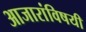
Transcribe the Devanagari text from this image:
आजारांविषयी